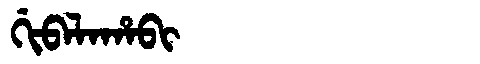
Manchu: ᡤᡳᠪᠠᠯᠠᡥᠠᠪᡳ
Romanization: GIBALAHABI